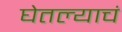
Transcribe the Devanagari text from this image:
घेतल्याचं